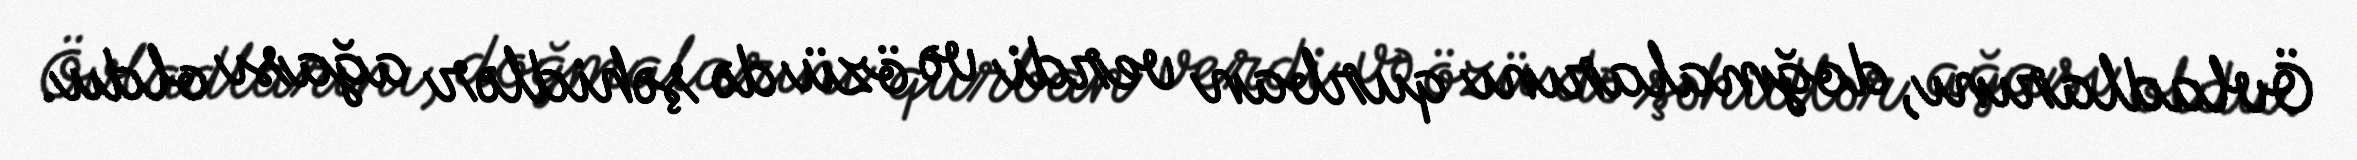
Övladlarını, doğmalarını qurban verdi və özü də şəhidlər ağası oldu.